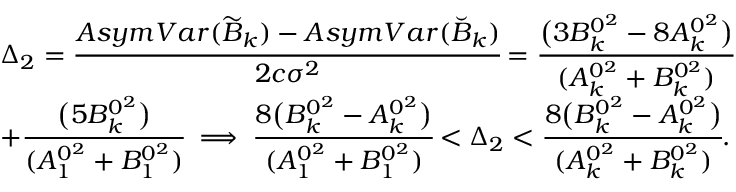
\begin{array} { r l } & { \Delta _ { 2 } = \cfrac { A s y m V a r ( \widetilde { B } _ { k } ) - A s y m V a r ( \breve { B } _ { k } ) } { 2 c \sigma ^ { 2 } } = \cfrac { \big ( 3 B _ { k } ^ { 0 ^ { 2 } } - 8 A _ { k } ^ { 0 ^ { 2 } } \big ) } { ( A _ { k } ^ { 0 ^ { 2 } } + B _ { k } ^ { 0 ^ { 2 } } ) } } \\ & { + \cfrac { \big ( 5 B _ { k } ^ { 0 ^ { 2 } } \big ) } { ( A _ { 1 } ^ { 0 ^ { 2 } } + B _ { 1 } ^ { 0 ^ { 2 } } ) } \implies \cfrac { 8 \big ( B _ { k } ^ { 0 ^ { 2 } } - A _ { k } ^ { 0 ^ { 2 } } \big ) } { ( A _ { 1 } ^ { 0 ^ { 2 } } + B _ { 1 } ^ { 0 ^ { 2 } } ) } < \Delta _ { 2 } < \cfrac { 8 \big ( B _ { k } ^ { 0 ^ { 2 } } - A _ { k } ^ { 0 ^ { 2 } } \big ) } { ( A _ { k } ^ { 0 ^ { 2 } } + B _ { k } ^ { 0 ^ { 2 } } ) } . } \end{array}